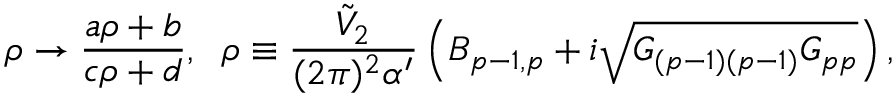
\rho \to \frac { a \rho + b } { c \rho + d } , \; \; \rho \equiv \frac { { \tilde { V } } _ { 2 } } { ( 2 \pi ) ^ { 2 } \alpha ^ { \prime } } \left( B _ { p - 1 , p } + i \sqrt { G _ { ( p - 1 ) ( p - 1 ) } G _ { p p } } \right) ,